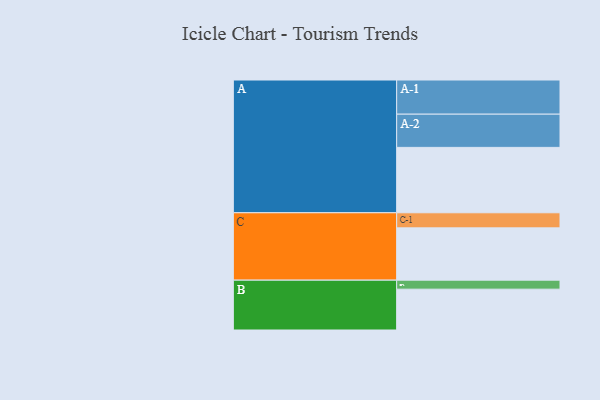
{"axis": {"x": "Segment", "y": "Value"}, "legend": ["", "A", "B", "C"], "data": [{"x": "A", "y": 559, "type": ""}, {"x": "B", "y": 349, "type": ""}, {"x": "C", "y": 447, "type": ""}, {"x": "A-1", "y": 292, "type": "A"}, {"x": "A-2", "y": 284, "type": "A"}, {"x": "B-1", "y": 77, "type": "B"}, {"x": "C-1", "y": 129, "type": "C"}]}